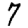
Digit: 7